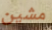
مشين